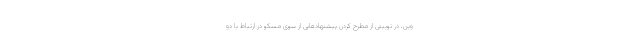
وین، در توییتی از مطرح کردن پیشنهادهایی از سوی مسکو در ارتباط با دو